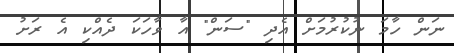
ނަން ހާމަ ނުކުރުމަށް އެދި "ސަން" އާ ވާހަކަ ދެއްކި އެ ރަށު